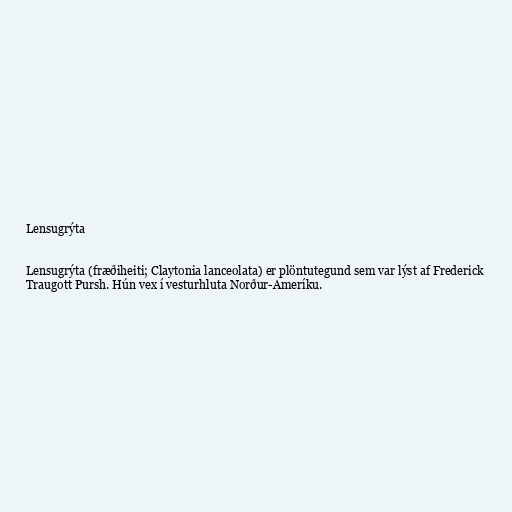
Lensugrýta

Lensugrýta (fræðiheiti; Claytonia lanceolata) er plöntutegund sem var lýst af Frederick
Traugott Pursh. Hún vex í vesturhluta Norður-Ameríku.